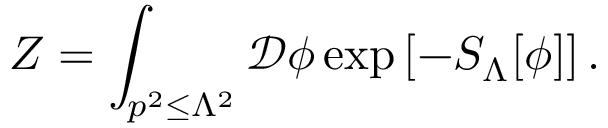
Z = \int _ { p ^ { 2 } \leq \Lambda ^ { 2 } } { \mathcal { D } } \phi \exp \left[ - S _ { \Lambda } [ \phi ] \right] .